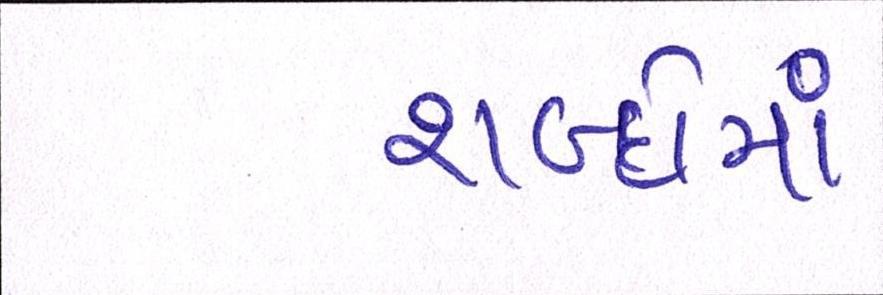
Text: શબ્દોમાં